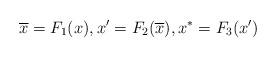
LaTeX: \begin{align*}\overline{x}=F_1(x),x'=F_2(\overline{x}),x^{*}=F_3(x')\end{align*}